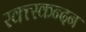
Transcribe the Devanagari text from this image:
रक्त्स्कन्दन